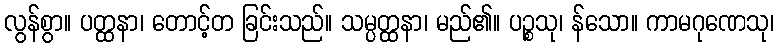
လွန်စွာ။ ပတ္ထနာ၊ တောင့်တ ခြင်းသည်။ သမ္ပတ္ထနာ၊ မည်၏။ ပဉ္စသု၊ န်သော။ ကာမဂုဏေသု၊